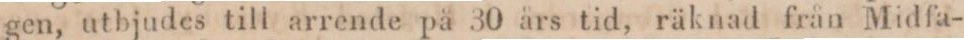
gen, utbjudes till arrende på 30 års tid, räknad från Midfa-